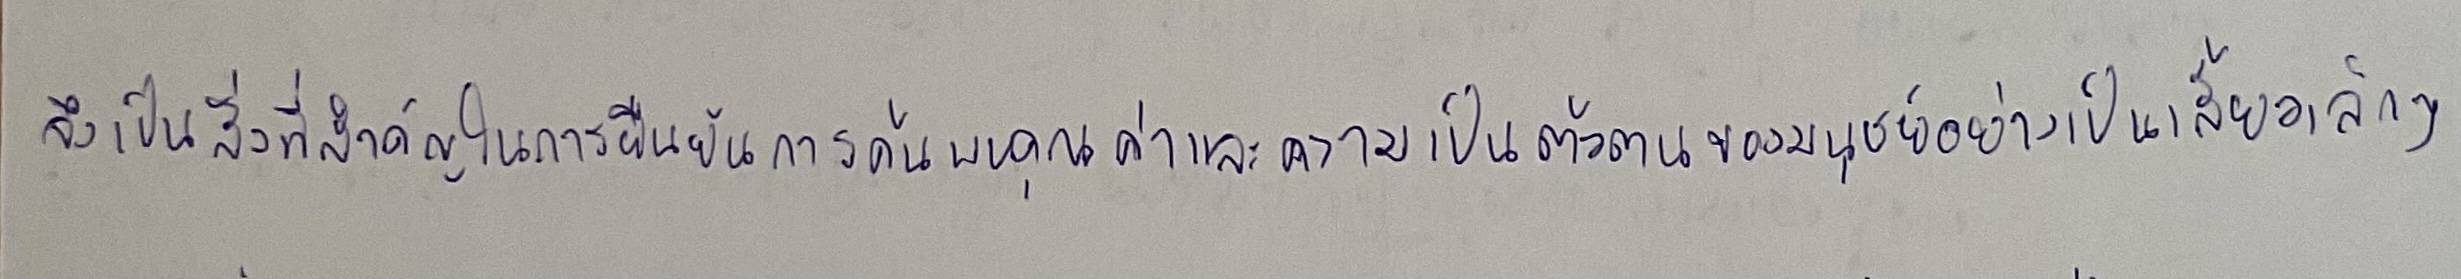
จึงเป็นสิ่งที่สำคัญในการยืนยันการค้นพบคุณค่าและความเป็นตัวตนของมนุษย์อย่างเป็นเสี้ยวเล็กๆ